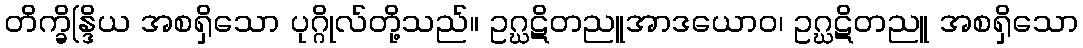
တိက္ခိန္ဒြိယ အစရှိသော ပုဂ္ဂိုလ်တို့သည်။ ဥဂ္ဃဋိတညူအာဒယောဝ၊ ဥဂ္ဃဋိတညူ အစရှိသော